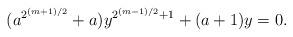
LaTeX: \begin{align*} (a^{2^{(m+1)/2}} +a) y^{2^{(m-1)/2} +1} + (a+1)y =0.\end{align*}